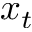
x _ { t }